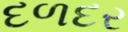
દળદર